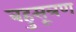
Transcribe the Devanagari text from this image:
बहुसूत्रण